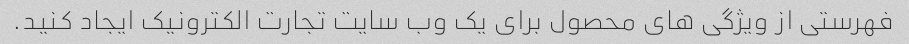
فهرستی از ویژگی های محصول برای یک وب سایت تجارت الکترونیک ایجاد کنید.